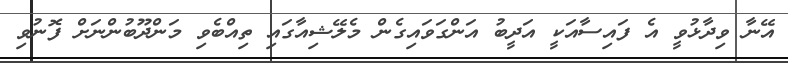
އޭނާ ވިދާޅުވީ އެ ފައިސާއަކީ އަދީބު އަންގަވައިގެން މެލޭޝިއާގައި ތިއްބެވި މަންދޫބުންނަށް ފޮނުވި